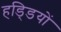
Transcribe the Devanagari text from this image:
हडि्‍डयों